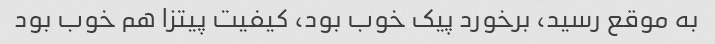
به موقع رسید، برخورد پیک خوب بود، کیفیت پیتزا هم خوب بود